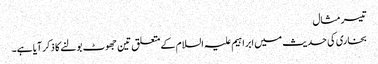
تیسر مثال
بخاری کی حدیث میں ابراہیم علیہ السلام کےمتعلق تین جھوٹ بولنے کا ذکرآیا ہے۔